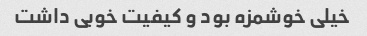
خیلی خوشمزه بود و کیفیت خوبی داشت